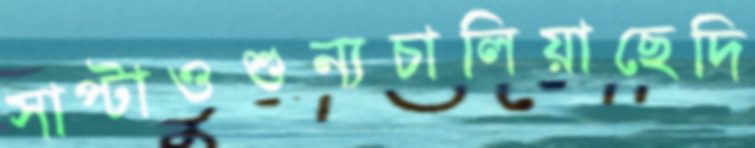
সাপ্‌টাওশুন্যচালিয়াছেদি